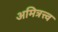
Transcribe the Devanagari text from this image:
अमित्रत्त्व